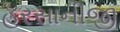
હરસાનીજી